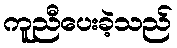
ကူညီပေးခဲ့သည်